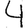
Digit: 4